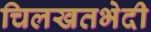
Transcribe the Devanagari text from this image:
चिलखतभेदी